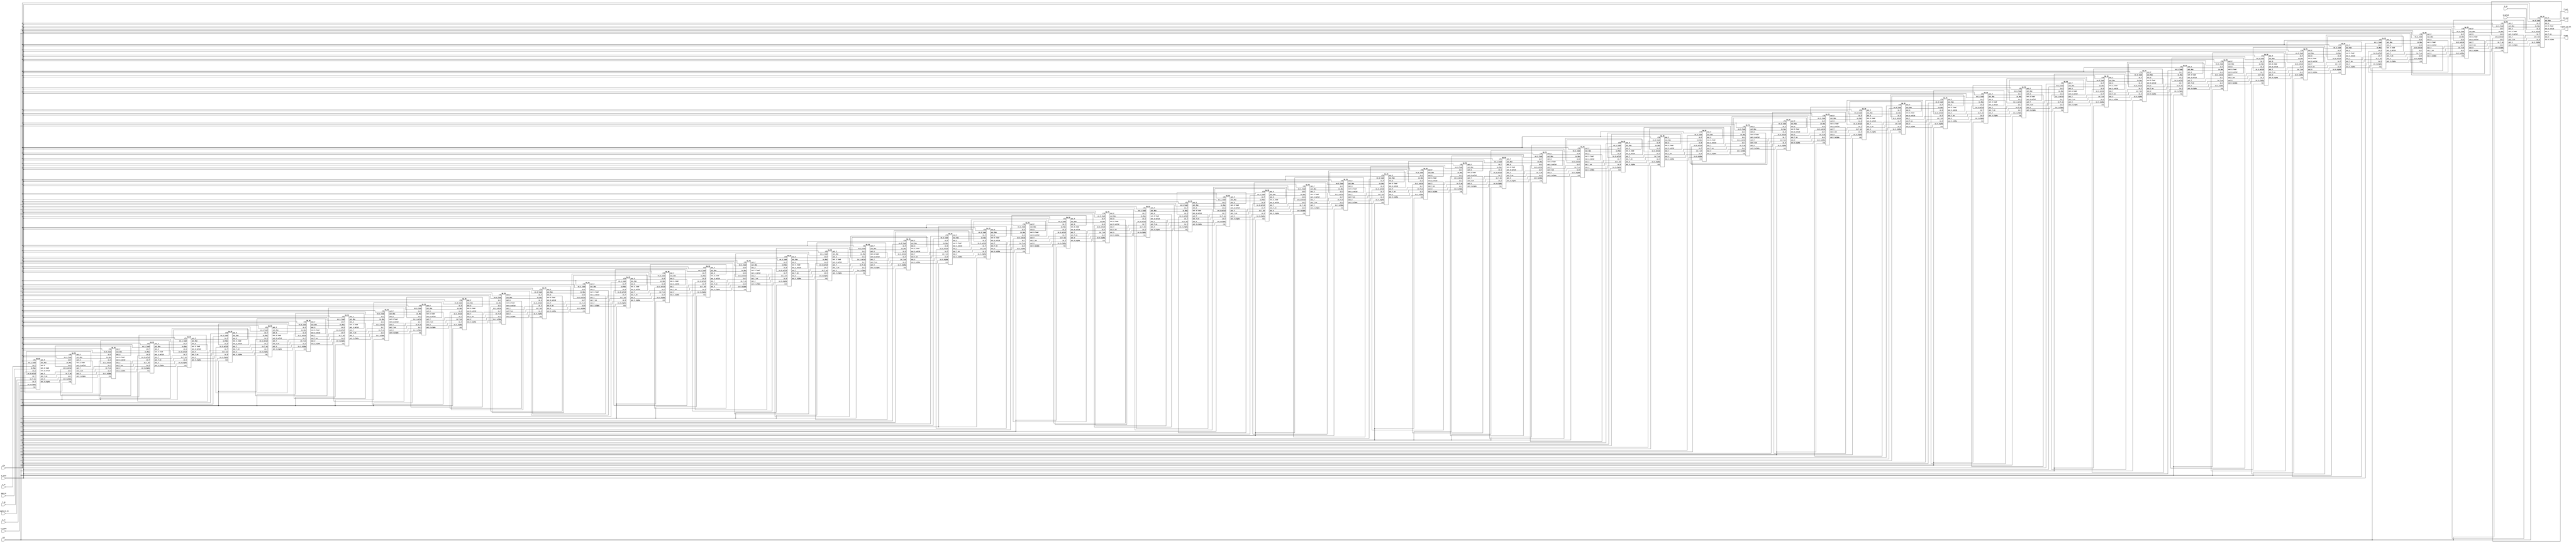
/********************************************************
********** Program Name : SW_PE__opt_Design_v2.v       **********
********** Programmer   : LEE CHENG-LIN        **********
********************************************************/

/* Description:                        
    Specified for DNA Sequence      
    parameter:6/-1(match/mismatch)  
    MAX accumulate score 256(8bit)     
*/
`timescale 1 ns/1 ps
`define ALPHA   2
`define BETA    1
`define MATCH   16'b0000_0110   // 6
`define MISMA   16'b0000_0001   // 1
module SW_PE_ARRAY (clk, rst, ripple_en_in, S_load, S_valid, S_in, T_in, max_in, V_in, V_alpha, F_in, ripple_en_out, max_out, V_out, F_out);
    input   clk, rst;
    input   ripple_en_in, S_load, S_valid;
    input   [1:0] S_in, T_in;
    input   [15:0] max_in, V_in, V_alpha, F_in;
    output  ripple_en_out;
    output  [15:0] max_out, V_out, F_out;


    wire    wire_ripple_en [0:64];
    wire    wire_S_load [0:64];
    wire    wire_S_valid [0:64];


    wire    [1:0] wire_S [0:64];
    wire    [1:0] wire_T [0:64];
    
    wire    [15:0] wire_max [0:64];
    wire    [15:0] wire_V [0:64];
    wire    [15:0] wire_V_alpha [0:64];
    wire    [15:0] wire_F [0:64];


    assign  wire_ripple_en[0] = ripple_en_in;
    assign  wire_S_valid[64] = S_valid;
    assign  wire_S_load[64] = S_load;
    assign  wire_S[64] = S_in;
    assign  wire_T[0] = T_in;
    assign  wire_max[0] = max_in;
    assign  wire_V[0] = V_in;
    assign  wire_V_alpha[0] = V_alpha;
    assign  wire_F[0] = F_in;
    assign  ripple_en_out = wire_ripple_en[64];
    assign  max_out = wire_max[64];
    assign  V_out = wire_V[64];
    assign  F_out = wire_F[64];
    
    genvar i;
    generate

        for(i = 0; i < 64; i = i + 1)
            SW_PE PE_instance(.clk(clk), .rst(rst), .in_T_en(wire_ripple_en[i]), .en_S_load(S_load), .in_S_valid(wire_S_valid[i+1]), 
                                .in_S(wire_S[i+1]), .in_T(wire_T[i]), 
                                .in_Max(wire_max[i]), .in_V(wire_V[i]), .in_V_alpha(wire_V_alpha[i]), .in_F(wire_F[i]), .out_T_en(wire_ripple_en[i+1]), .out_S_load(wire_S_load[i]), .out_S_valid(wire_S_valid[i]), .out_S(wire_S[i]), .out_T(wire_T[i+1]),
                                .out_Max(wire_max[i+1]), .out_V(wire_V[i+1]), .out_V_alpha(wire_V_alpha[i+1]), .out_F(wire_F[i+1]));
    endgenerate

endmodule


module SW_PE (clk, rst, in_T_en, en_S_load, in_S_valid, in_S, in_T, in_Max, in_V, in_V_alpha, in_F, out_T_en, out_S_load, out_S_valid, out_S, out_T, out_Max, out_V, out_V_alpha, out_F);
    input   clk, rst;
    input   in_T_en,  en_S_load, in_S_valid;
    input   [1:0] in_S, in_T;
    input   [15:0] in_Max, in_V, in_V_alpha, in_F;
    output  out_T_en, out_S_load, out_S_valid;
    output  [1:0] out_S, out_T;
    output  [15:0] out_Max, out_V, out_V_alpha, out_F;
    wire    out_LUT;
    //wire    en_s_load;
    wire    [15:0] out_v_diag, out_e_out, out_v_under_valid_s;
    wire    [15:0] out_dff1, out_dff2;
    wire    [15:0] out_max1, out_max3, out_max4, out_max5, out_max6;
    wire    [15:0] out_e_beta, out_f_beta;
    wire    [15:0] out_compare;
    
    DFF_F   S_valid (clk, en_S_load, rst, in_S_valid, out_S_valid);
    DFF_2_F S_out   (clk, en_S_load, rst, in_S, out_S);
    DFF     en_s    (clk, 1'b1, rst, en_S_load, out_S_load);
    DFF_2   T_out   (clk, in_T_en, rst, in_T, out_T);
    DFF     en_rip  (clk, 1'b1, rst, in_T_en, out_T_en);
    DFF_16  V_diag  (clk, in_T_en, rst, in_V, out_v_diag);
    DFF_MAX Max_out (clk, rst, out_max1, out_Max);
    DFF_16  V_out   (clk, in_T_en, rst, out_max6, out_V);
    LUT     lut     (out_S, in_T, out_LUT);
    DFF_16  E_out   (clk, in_T_en, rst, out_max3, out_e_out);
    DFF_16  F_out   (clk, in_T_en, rst, out_max4, out_F);
    COMPARE compare (out_LUT, out_v_diag, out_compare);
    MAX     max1    (in_Max, out_v_under_valid_s, out_max1);
    MUX16   max1mod (out_S_valid & out_T_en , 16'd0, out_V, out_v_under_valid_s);
    MAX     max3    (out_e_beta, out_V_alpha, out_max3);
    MAX     max4    (in_V_alpha, out_f_beta, out_max4);
    MAX     max5    (out_max3, out_max4, out_max5);
    MAX     max6    (out_compare, out_max5, out_max6);
    SUB_ALPHA   a1  (out_V, out_V_alpha);
    SUB_BETA    b1  (out_e_out, out_e_beta);
    SUB_BETA    b2  (in_F, out_f_beta);
endmodule

module COMPARE (in_match, in_v, out);
    input   in_match;
    input   [15:0] in_v;
    output  [15:0] out;
    assign  out = in_match ? in_v + (`MATCH) : ( in_v > (`MISMA) ? in_v - (`MISMA) : 0);
endmodule

module SUB_ALPHA (in_value, out_value);
    input   [15:0] in_value;
    output  [15:0] out_value;
    assign  out_value = in_value > (`ALPHA) ? in_value - (`ALPHA) : 0;
endmodule

module SUB_BETA (in_value, out_value);
    input   [15:0] in_value;
    output  [15:0] out_value;
    assign  out_value = in_value > (`BETA) ? in_value - (`BETA) : 0;
endmodule

module MAX (in_value1, in_value2, out_value);
    input   [15:0] in_value1;
    input   [15:0] in_value2;
    output  [15:0] out_value;
    assign  out_value = (in_value1 > in_value2) ? ( in_value1>0 ? in_value1 : 0 ) : ( in_value2>0 ? in_value2 : 0 );
endmodule

module LUT (in_seq1, in_seq2, out_match_mismatch);
    input   [1:0] in_seq1;
    input   [1:0] in_seq2;
    output  out_match_mismatch;
    reg     out_match_mismatch;
    always@(*) begin
        out_match_mismatch = (in_seq1 == in_seq2) ? 1 : 0;//6,-1 
    end

    
endmodule

module MUX (in_ctrl, in_false, in_true, out);
    input   in_ctrl;
    input   in_false;
    input   in_true;
    output  out;
    assign  out = in_ctrl ? in_true : in_false;
endmodule

module MUX16 (in_ctrl, in_false, in_true, out);
    input   in_ctrl;
    input   [15:0] in_false;
    input   [15:0] in_true;
    output  [15:0] out;
    assign  out = in_ctrl ? in_true : in_false;
endmodule
    
// module S_VALID (clk, en, rst, out_S_load, s_valid_rst, s_valid);
//     input   clk;
//     input   en;
//     input   rst;
//     input   out_S_load;
//     input   s_valid_rst;
//     output  s_valid;
//     reg     s_valid, n_s_valid;
//     always@(*) begin
//         n_s_valid = s_valid;
//         if(s_valid_rst) n_s_valid = 0;
//         if(out_S_load & en) n_s_valid = 1;
//     end

//     always@(posedge clk) begin
//         if(rst) s_valid <= 0;
//         else s_valid <= n_s_valid;
//     end
// endmodule

module DFF (clk, en, rst, in_D, out_Q);
    input   clk;
    input   en;
    input   rst;
    input   in_D;
    output  out_Q;
    reg     next_out_Q;
    reg     out_Q;
    
    always@(*) begin
        if(en) next_out_Q = in_D;
        else next_out_Q = 0;       
    end
    always@( posedge clk) begin
        if(rst) out_Q <= 0;
        else out_Q <= next_out_Q;
    end
endmodule

module DFF_F (clk, en, rst, in_D, out_Q);
    input   clk;
    input   en;
    input   rst;
    input   in_D;
    output  out_Q;
    reg     next_out_Q;
    reg     out_Q;
    
    always@(*) begin
        if(en) next_out_Q = in_D;
        else next_out_Q = out_Q;       
    end
    always@( posedge clk) begin
        if(rst) out_Q <= 0;
        else out_Q <= next_out_Q;
    end
endmodule

module DFF_2_F (clk, en, rst, in_D, out_Q);
    input   clk;
    input   en;
    input   rst;
    input   [1:0] in_D;
    output  [1:0] out_Q;
    reg     [1:0] next_out_Q;
    reg     [1:0] out_Q;
    
    always@(*) begin
        if(en) next_out_Q = in_D;
        else next_out_Q = out_Q;       
    end
    always@( posedge clk) begin
        if(rst) out_Q <= 0;
        else out_Q <= next_out_Q;
    end
endmodule



module DFF_2 (clk, en, rst, in_D, out_Q);
    input   clk;
    input   en;
    input   rst;
    input   [1:0] in_D;
    output  [1:0] out_Q;
    reg     [1:0] next_out_Q;
    reg     [1:0] out_Q;
    
    always@(*) begin
        if(en) next_out_Q = in_D;
        else next_out_Q = 0;       
    end
    always@( posedge clk) begin
        if(rst) out_Q <= 0;
        else out_Q <= next_out_Q;
    end
endmodule

module DFF_16 (clk, en, rst, in_D, out_Q);
    input   clk;
    input   en;
    input   rst;
    input   [15:0] in_D;
    output  [15:0] out_Q;
    reg     [15:0] next_out_Q;
    reg     [15:0] out_Q;
    always@(*) begin
        if(en) next_out_Q = in_D;
        else next_out_Q = 0;       
    end
    always@( posedge clk) begin
        if(rst) out_Q <= 0;
        else out_Q <= next_out_Q;
    end
endmodule

module DFF_MAX (clk, rst, in_D, out_Q);
    input   clk;
    input   rst;
    input   [15:0] in_D;
    output  [15:0] out_Q;
    reg     [15:0] next_out_Q;
    reg     [15:0] out_Q;
    always@(*) begin
        next_out_Q = in_D > out_Q ? in_D : out_Q;
    end
    always@( posedge clk) begin
        if(rst) out_Q <= 0;
        else out_Q <= next_out_Q;
    end
endmodule